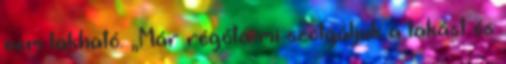
nem lakható. „Már régóta mi szolgáljuk a lakást és